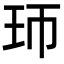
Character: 㺰